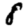
Digit: 8